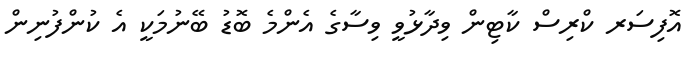
އޮފިސަރ ކްރިސް ކާޓިން ވިދާޅުވީ ވިސާގެ އެންމެ ބޮޑު ބޭނުމަކީ އެ ކުންފުނިން